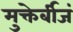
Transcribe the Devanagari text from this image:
मुक्तेर्बीजं